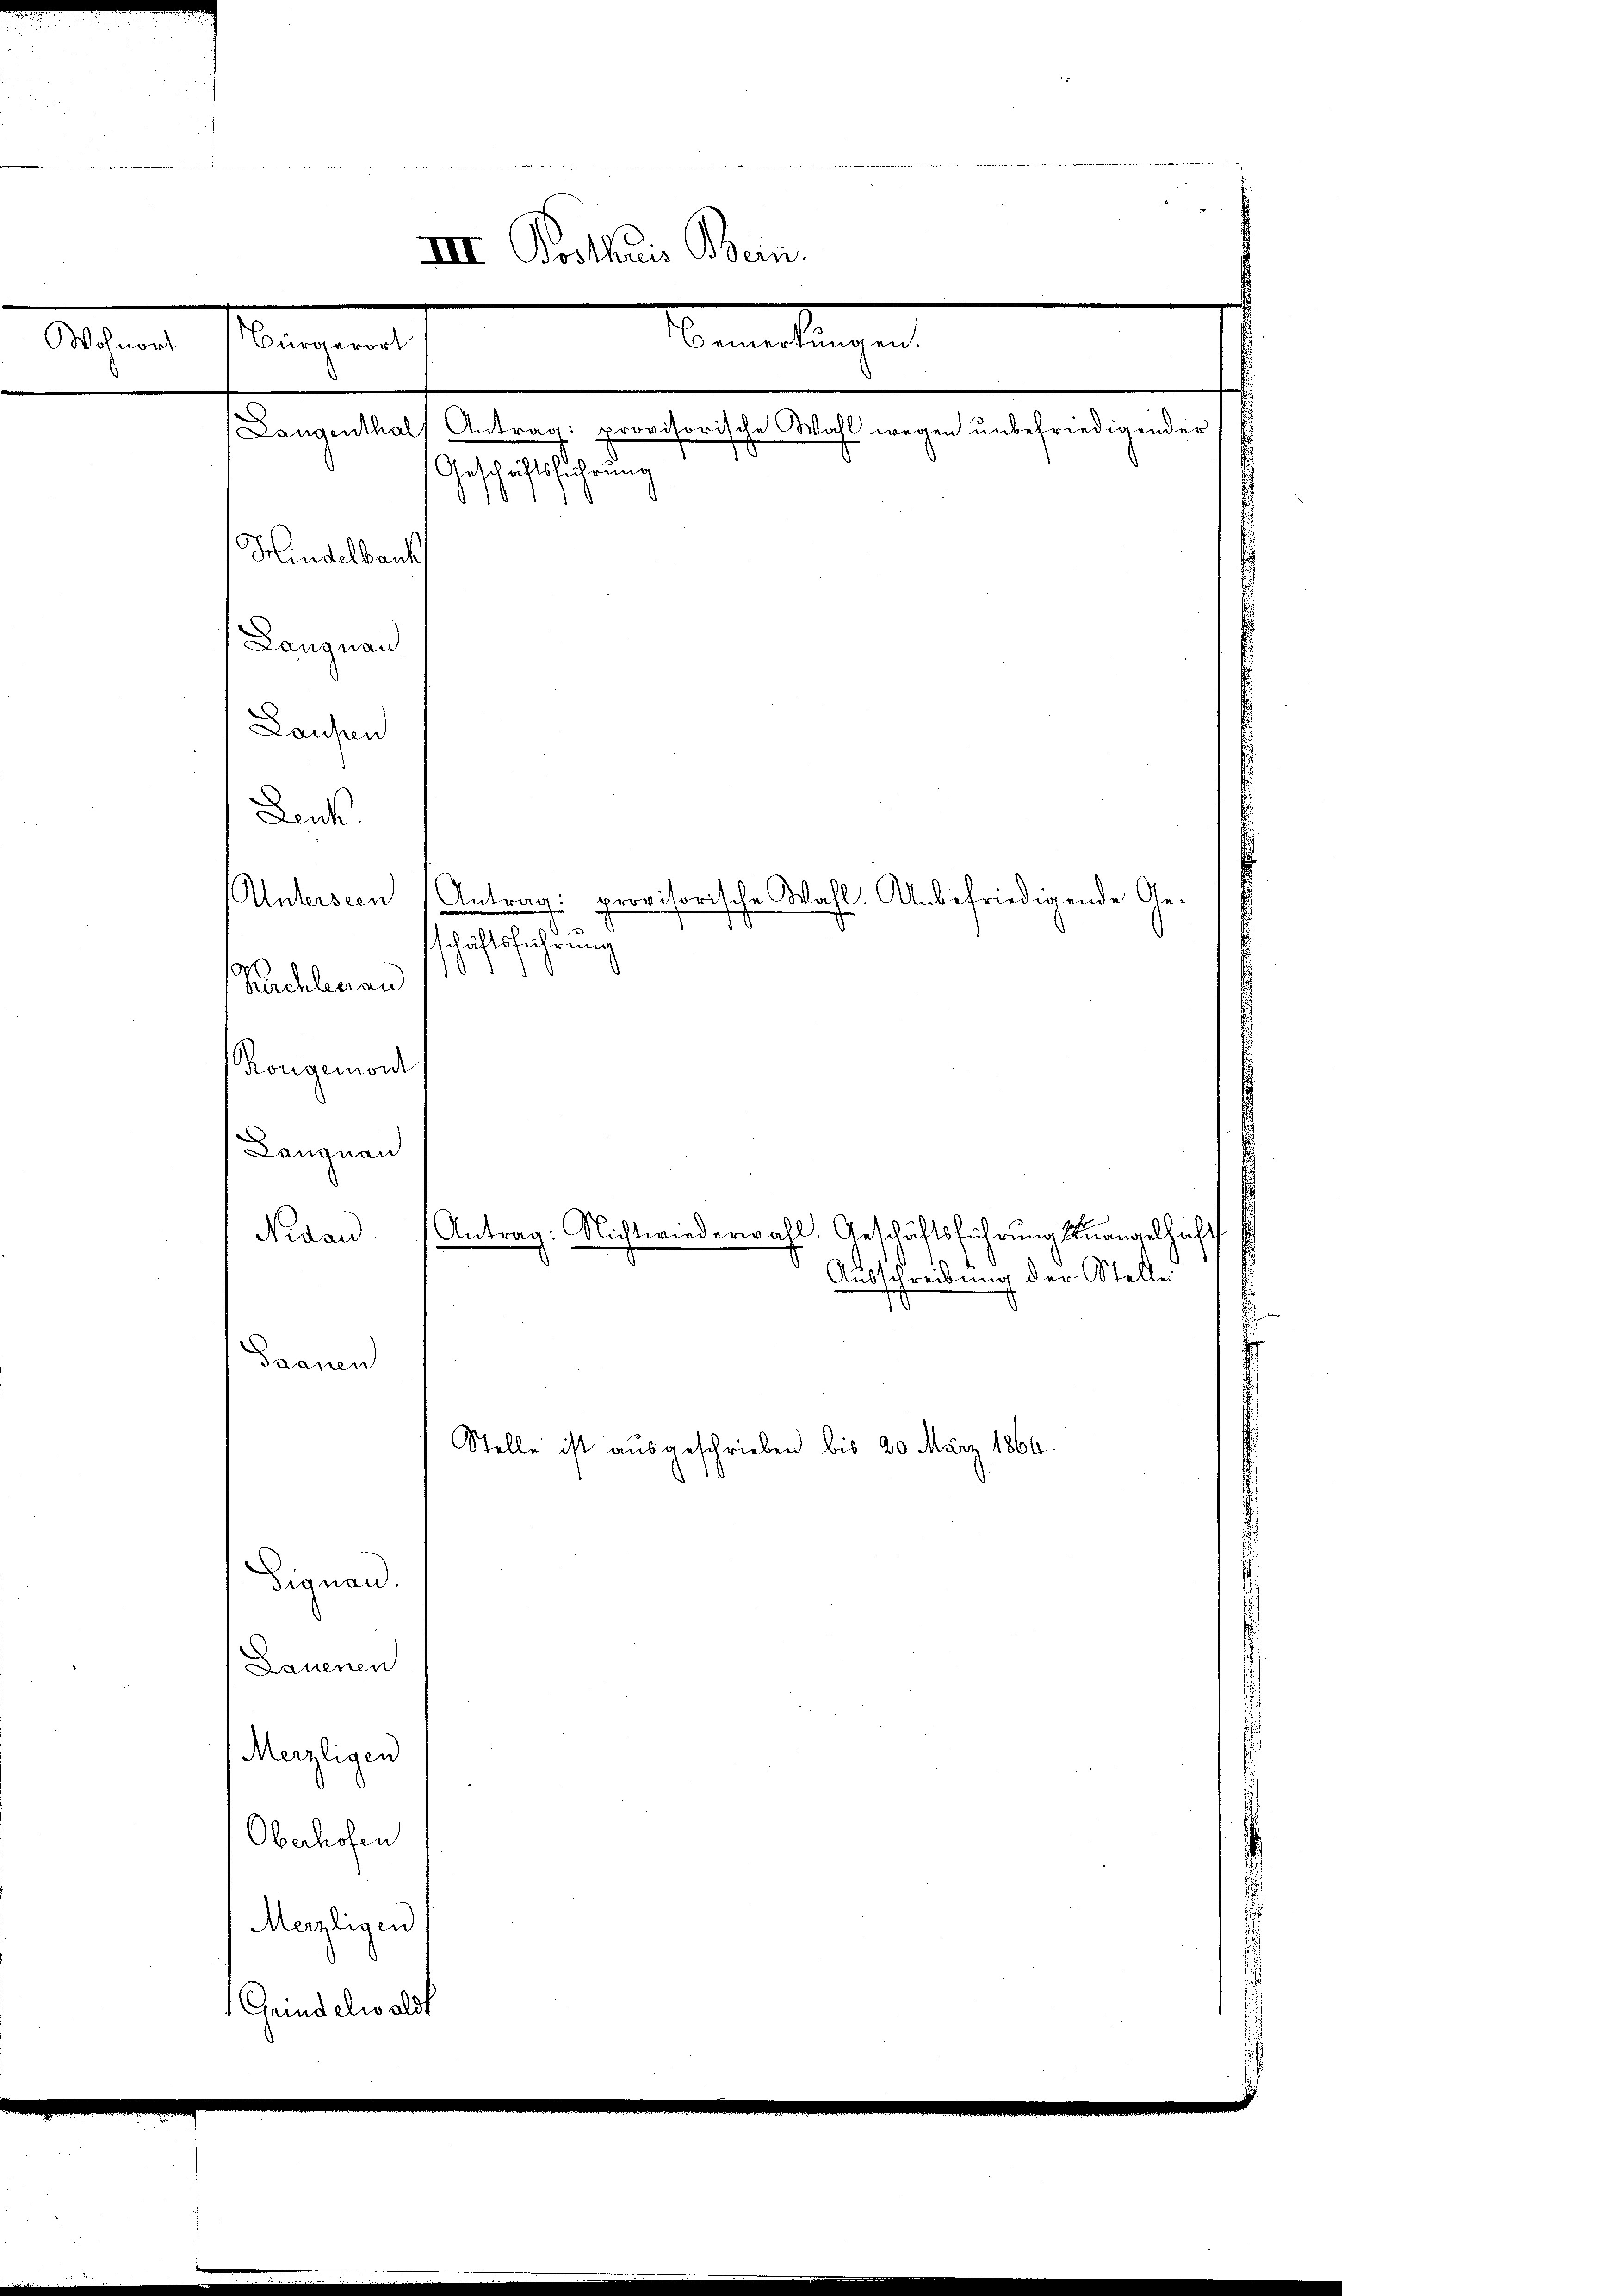
Wohnort

bemelingen
eangen

Geschäftsführung
Hindelbauk
Langnau
Laufen
Leuk
Untersten Antrag: provisorische Wahl. Unbefriedigende Geschichtsführung
Kuchlerau
Rongemont
Langnau
Nidau
Ausschreibung der Stelle
Saanen
Stelle ist ausgeschrieben bis 20 März 1864.
Signau.
Lauenen
Merzligen
Oberhofen
Merzligen
Grindelwaldt

III Posthuis Bern.

Antrag: Nichtwiederwahl. Geschäftsführung unangelhaft

Langenthalt Antrag: provisorische Wahl wegen unbefriedigender